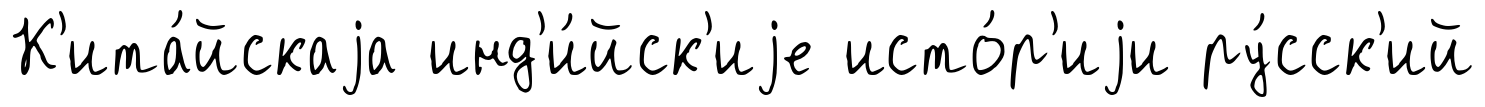
К'ита́йскаjа инд'и́йск'иjе исто́р'иjи ру́сск'ий